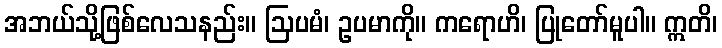
အဘယ်သို့ဖြစ်လေသနည်း။ ဩပမံ၊ ဥပမာကို။ ကရောဟိ၊ ပြုတော်မူပါ။ ဣတိ၊